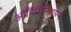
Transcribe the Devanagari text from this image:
ऑर्निथिस्शियंस